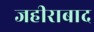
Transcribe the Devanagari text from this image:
जहीराबाद